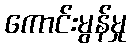
ကောင်းမွန်မှု